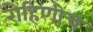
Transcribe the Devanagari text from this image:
रोहिणीच